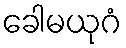
ခေါမယုဂံ